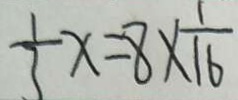
\frac { 1 } { 3 } x = 8 \times \frac { 1 } { 1 6 }